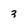
Character: 3